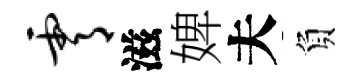
霄滋婢夫負